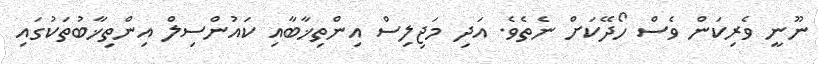
ނޫނީ ވެރިކަން ވެސް ހޯދޭކަށް ނެތެވެ. އަދި މަޖިލިސް އިންތިޚާބާއި ކައުންސިލް އިންތިޚާބުތަކުގައި